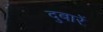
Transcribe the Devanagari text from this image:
दुबारें